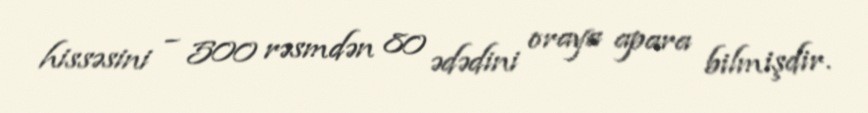
hissəsini – 500 rəsmdən 80 ədədini oraya apara bilmişdir.